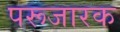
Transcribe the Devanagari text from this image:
परूजारक